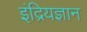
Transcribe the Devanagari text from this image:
इंद्रियज्ञान